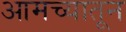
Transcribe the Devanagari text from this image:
आमच्यातून